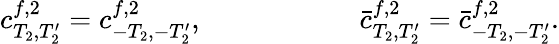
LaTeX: c_{T_{2},T_{2}^{\prime}}^{f,2}=c_{-T_{2},-T_{2}^{\prime}}^{f,2},\ ~~~~~~~~\ ~~~~~~~~\ ~~~{\bar{c}}_{T_{2},T_{2}^{\prime}}^{f,2}={\bar{c}}_{-T_{2},-T_{2}^{\prime}}^{f,2}.